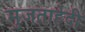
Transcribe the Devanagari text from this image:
मुजताहेदी